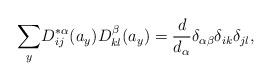
LaTeX: \begin{align*}\underset{y}{\sum }D_{ij}^{\ast \alpha }(a_{y})D_{kl}^{\beta }(a_{y})=\frac{d}{d_{\alpha }}\delta _{\alpha \beta }\delta _{ik}\delta _{jl},\end{align*}